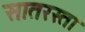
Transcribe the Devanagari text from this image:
सातरस्ता